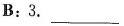
B:3.___